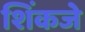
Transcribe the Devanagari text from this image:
शिंकजे